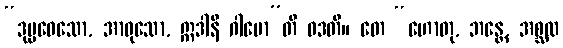
“ဒုပ္ပဝေသော, အာဝုသော, ဣဒါနိ ဂါမော”တိ ဝဒတိ။ တေ “ဟောတု, ဘန္တေ, အစ္ဆထ